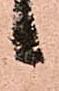
候